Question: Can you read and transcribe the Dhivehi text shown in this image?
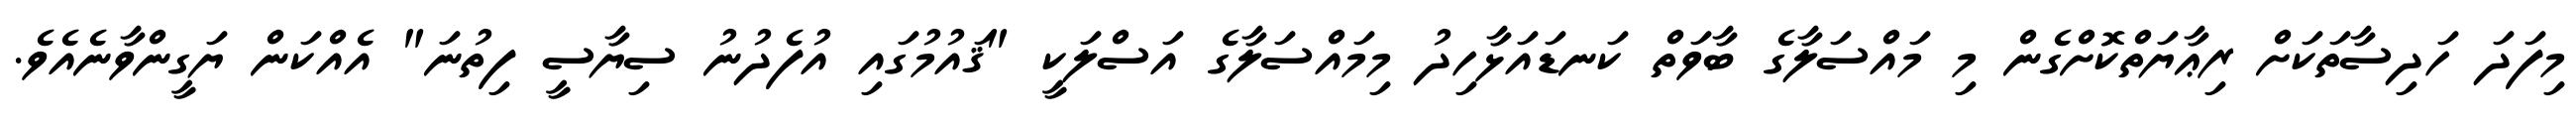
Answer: މިފަދަ ހަދިސާތަކަށް ރިޢާޔަތްކޮށްގެން މި މައްސަލާގެ ބާވަތް ކަނޑައަޅާހިދު މިމައްސަލާގެ އަސްލަކީ "ޤައުމުގައި އުފެދުނު ސިޔާސީ ފިތުނަ" އެއްކަން ޔަގީންވާނެއެވެ.